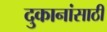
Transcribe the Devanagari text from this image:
दुकानांसाठी